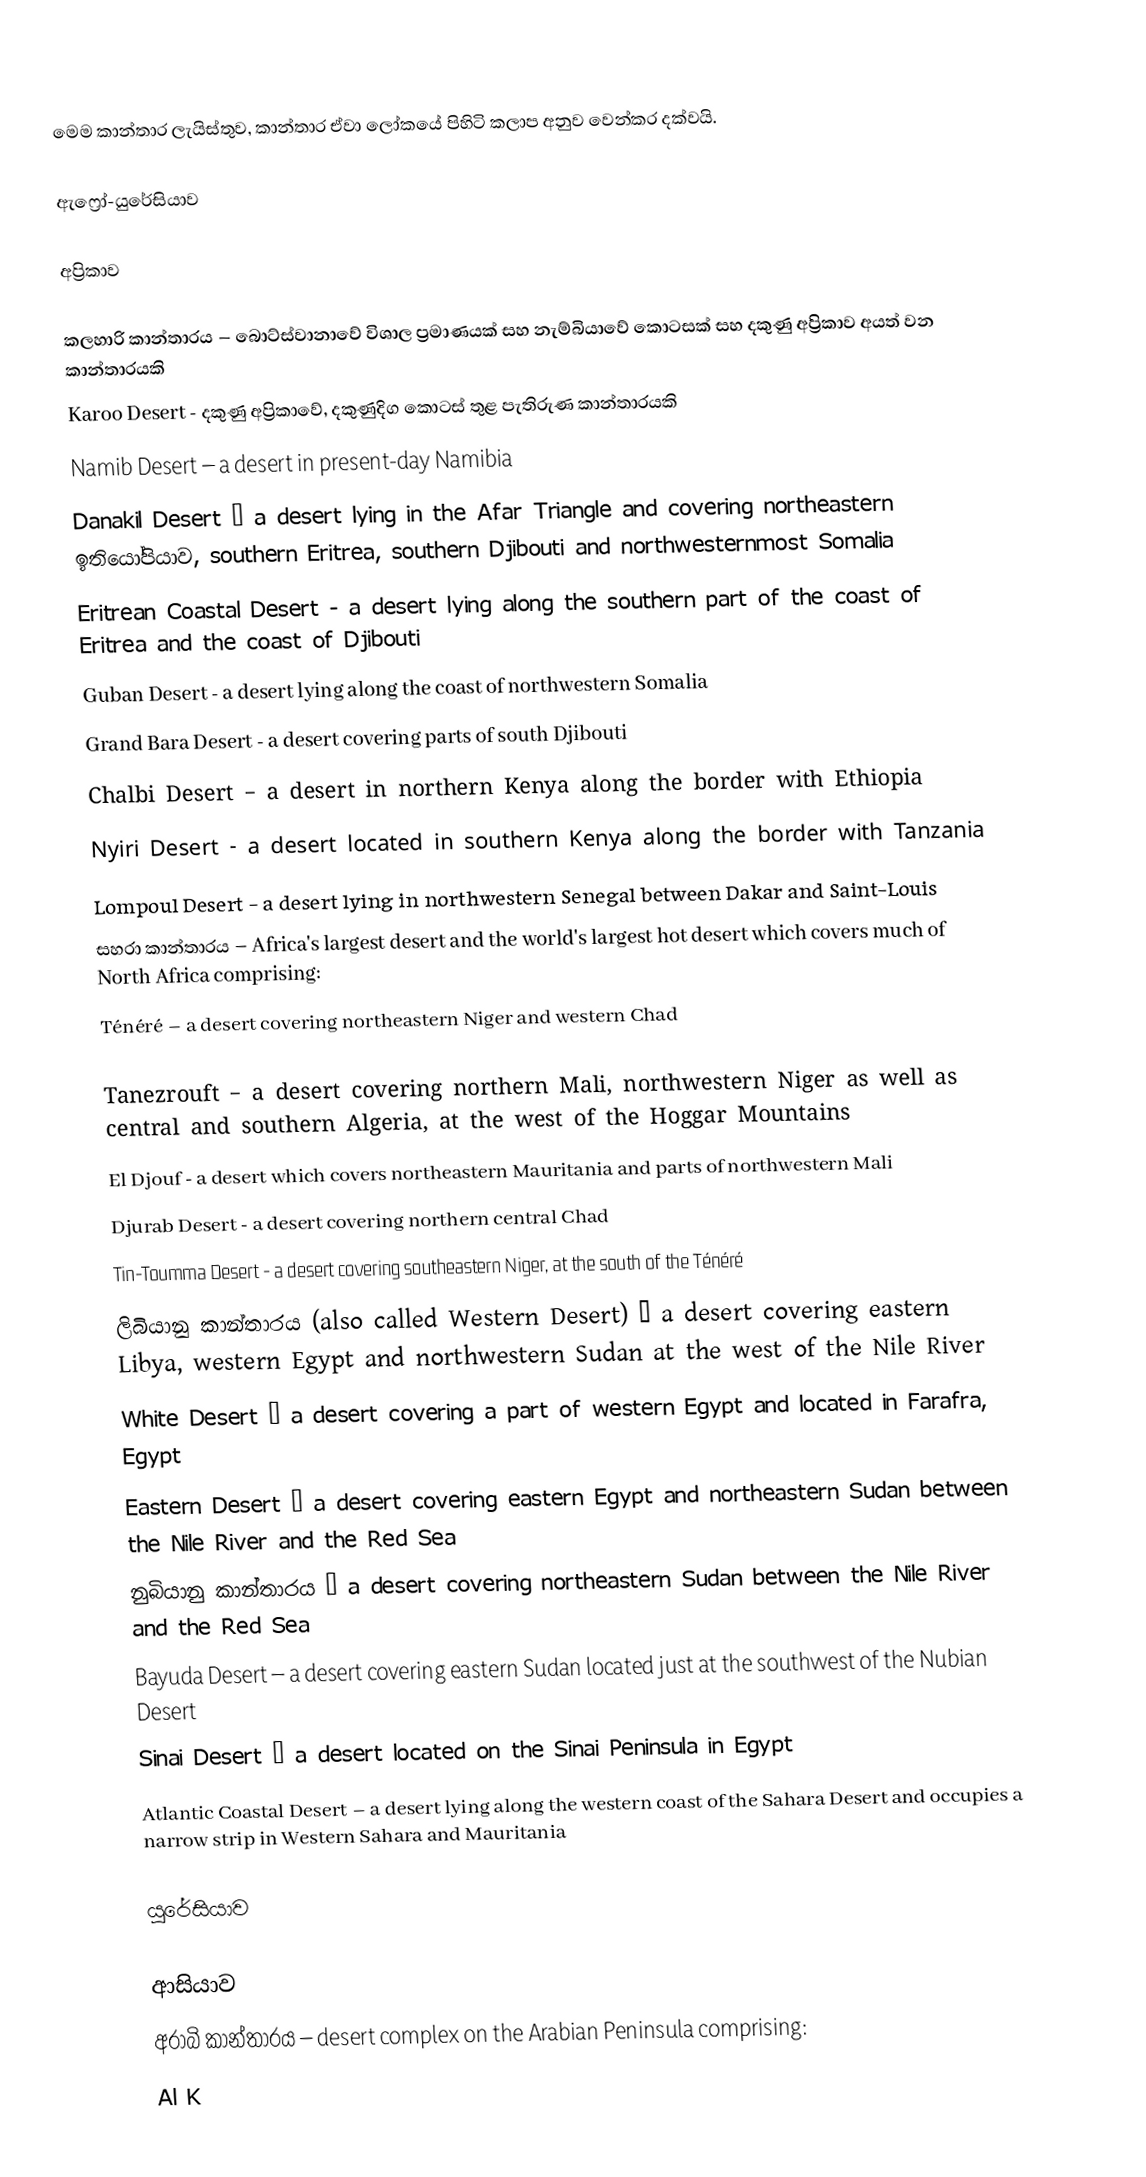
මෙම කාන්තාර ලැයිස්තුව, කාන්තාර ඒවා ලෝකයේ පිහිටි කලාප අනුව වෙන්කර දක්වයි.

ඇෆ්‍රෝ-යුරේසියාව

අප්‍රිකාව

 කලහාරි කාන්තාරය – බොට්ස්වානාවේ විශාල ප්‍රමාණයක් සහ නැම්බියාවේ කොටසක් සහ දකුණු අප්‍රිකාව අයත් වන කාන්තාරයකි
 Karoo Desert - දකුණු අප්‍රිකාවේ, දකුණුදිග කොටස් තුළ පැතිරුණ කාන්තාරයකි
 Namib Desert – a desert in present-day Namibia
 Danakil Desert – a desert lying in the Afar Triangle and covering northeastern ඉතියෝපියාව, southern Eritrea, southern Djibouti and northwesternmost Somalia
 Eritrean Coastal Desert - a desert lying along the southern part of the coast of Eritrea and the coast of Djibouti
 Guban Desert - a desert lying along the coast of northwestern Somalia
 Grand Bara Desert - a desert covering parts of south Djibouti
 Chalbi Desert – a desert in northern Kenya along the border with Ethiopia
 Nyiri Desert - a desert located in southern Kenya along the border with Tanzania
 Lompoul Desert - a desert lying in northwestern Senegal between Dakar and Saint-Louis
 සහරා කාන්තාරය – Africa's largest desert and the world's largest hot desert which covers much of North Africa comprising:
 Ténéré – a desert covering northeastern Niger and western Chad

 Tanezrouft – a desert covering northern Mali, northwestern Niger as well as central and southern Algeria, at the west of the Hoggar Mountains
 El Djouf - a desert which covers northeastern Mauritania and parts of northwestern Mali
 Djurab Desert - a desert covering northern central Chad
 Tin-Toumma Desert - a desert covering southeastern Niger, at the south of the Ténéré
 ලිබියානු කාන්තාරය (also called Western Desert) – a desert covering eastern Libya, western Egypt and northwestern Sudan at the west of the Nile River
 White Desert – a desert covering a part of western Egypt and located in Farafra, Egypt
 Eastern Desert – a desert covering eastern Egypt and northeastern Sudan between the Nile River and the Red Sea
 නුබියානු කාන්තාරය – a desert covering northeastern Sudan between the Nile River and the Red Sea
 Bayuda Desert – a desert covering eastern Sudan located just at the southwest of the Nubian Desert
 Sinai Desert – a desert located on the Sinai Peninsula in Egypt
 Atlantic Coastal Desert – a desert lying along the western coast of the Sahara Desert and occupies a narrow strip in Western Sahara and Mauritania

යුරේසියාව

ආසියාව
 අරාබි කාන්තාරය – desert complex on the Arabian Peninsula comprising:
 Al K